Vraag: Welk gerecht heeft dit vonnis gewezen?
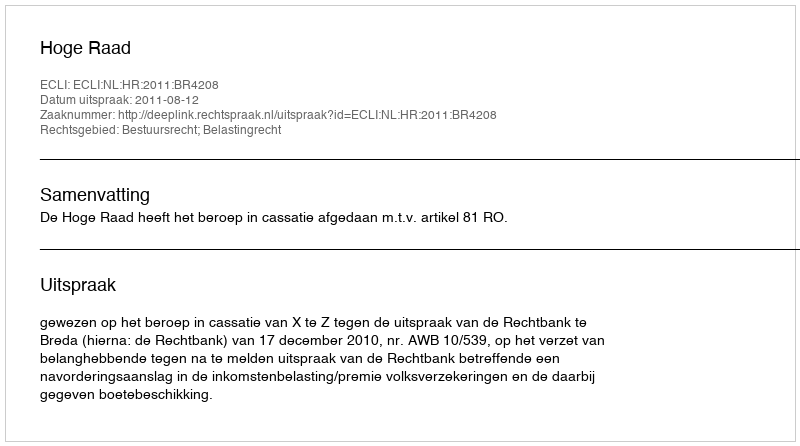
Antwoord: Hoge Raad